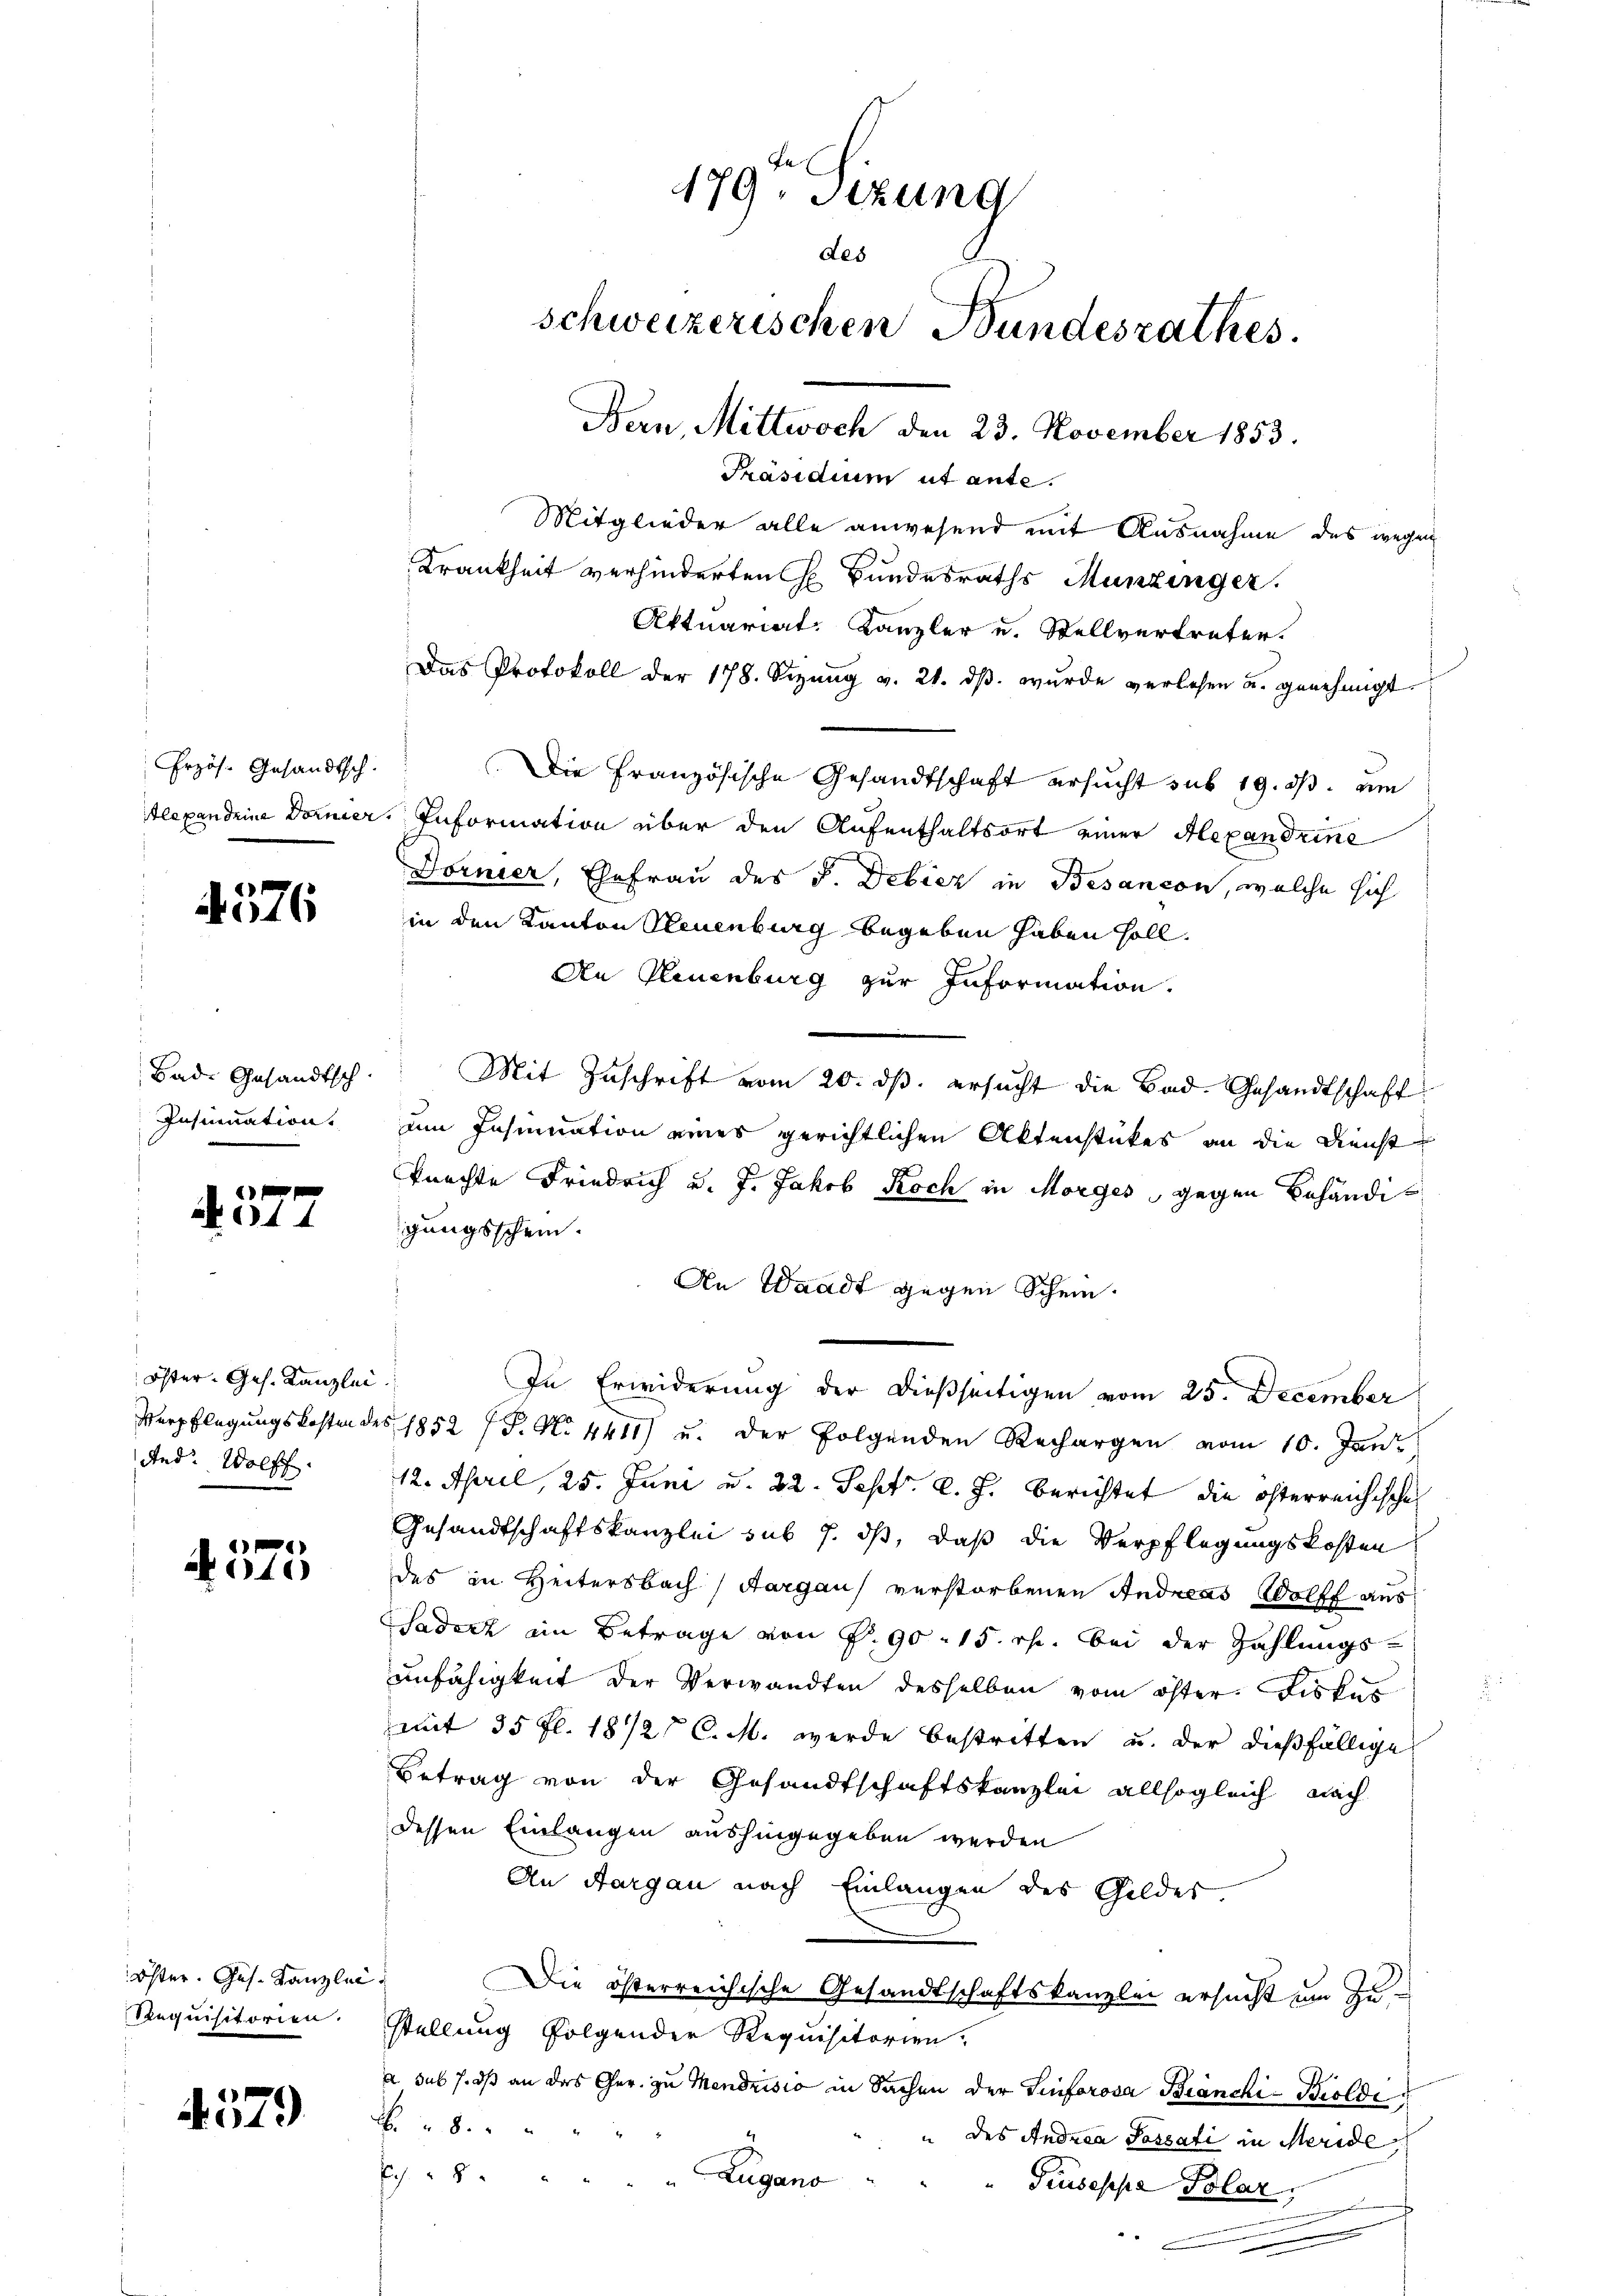
Erzös. Gesandtsch.
Alexandeine Dorner.

4576

Bad. Gesandtsch
Insinuation.

44

Öster- Ges. Kanzlei.
And. Wolff

e
A010

Öster. Ges. Kanzlei.
Requisitorien.

4579

Präsidium ut ante.
Mitglieder alle anwesend mit Ausnahme des wegen
Aktuariat Kanzler u. Stellvertreter.
Die Französische Gesandtschaft ersucht sub 19. ds. um
Information über den Aufenthaltsort einer Alexandrine
Dornier, Ehefrau des J. Debicz in Besançon, welche sich
in den Kanton Steuenburg begeben haben soll.
An Neuenburg zur Information.
Mit Zuschrift vom 20. ds. ersucht die Bad- Gesandtschaft
um Insinuation eines gerichtlichen Aktenstückes an die Dienst
knechte Friedrich u. J. Jakob Koch in Morges, gegen Behändigungsschein.
An Waadt gegen Schein.
In Erwiderung der dießseitigen vom 25. December
Verpflegungskosten des 1852 P. N. 4411) u. der folgenden Rechargen vom 10. Jan
12. April, 25. Juni u. 22. Sept. l. J. berichtet, die öfterreichischen
Gesandtschaftskanzlei sub 7. ds, daß die Verpflegungskosten
des in Heitersbach Aargau verstorbenen Andreas Wolff aus
Sadecz im Betrage von P. 90 - 15. r. bei der Zahlungsunfähigkeit der Verwandten desselben vom öster Fiskus
mit 35 fl. 1872 C. M. werde bestritten u. der dießfällige
Betrag von der Gesandtschaftskanzlei allsogleich nach
dessen Einlangen aushingegeben werden
An Aargau nach Einlangen des Gelder
Die österreichische Gesandtschaftskanzlei ersucht um Zustellung folgender Requisitorien.
a sus J. dß an das Ger. zu Mendrisio in Sachen der Sinforova Branchi- Bioldi
6.8.
" des Andrea Passati in Meride
E 5
Zugano
"Giuseppe Polar,
e

179 Sizung
des
schweizerischen Bundesrathes.
Dan, Mittwoch den 23. November 1853.

Krankheit verhinderten h. Bundesraths Munzinger.

Das Protokoll der 178. Sizŭng v. 21. dβ. wŭrde verlesen u. genehmigt.